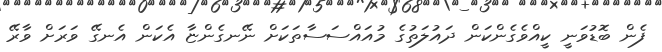
ފެން ބޮޑުވަނީ ކީއްވެގެންކަން ދައުލަތުގެ މުއައްސަސާތަކަށް ނޭނގެންޏާ އެކަން އެނގޭ ވަރަށް ވާރޭ